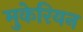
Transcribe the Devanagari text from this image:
मुकेरियन